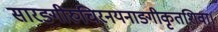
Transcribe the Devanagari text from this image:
सारङ्गीरुचिरनयनाङ्गीकृतशिवा।